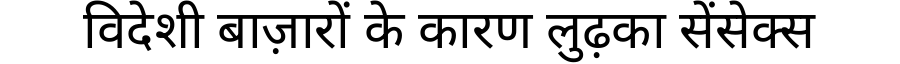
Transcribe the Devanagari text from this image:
विदेशी बाज़ारों के कारण लुढ़का सेंसेक्स